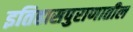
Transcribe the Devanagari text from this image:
इतिहासपुराणातील